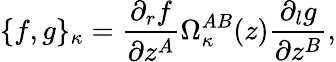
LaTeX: \{ f,g\} _{\kappa}=\frac{\partial_{r}f}{\partial z^{A}}\Omega_{\kappa}^{AB}(z)\frac{\partial_{l}g}{\partial z^{B}},